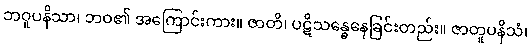
ဘဝူပနိသာ၊ ဘဝ၏ အကြောင်းကား။ ဇာတိ၊ ပဋိသန္ဓေနေခြင်းတည်း။ ဇာတူပနိသံ၊